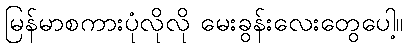
မြန်မာစကားပုံလိုလို မေးခွန်းလေးတွေပေါ့။